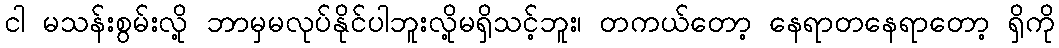
ငါ မသန်းစွမ်းလို့ ဘာမှမလုပ်နိုင်ပါဘူးလို့မရှိသင့်ဘူး၊ တကယ်တော့ နေရာတနေရာတော့ ရှိကို